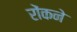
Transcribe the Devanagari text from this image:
रोंकने